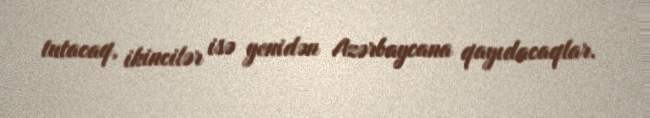
tutacaq, ikincilər isə yenidən Azərbaycana qayıdacaqlar.